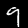
Digit: 9